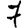
Digit: 7